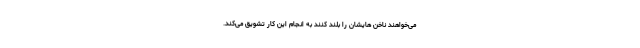
می‌خواهند ناخن هایشان را بلند کنند به انجام این کار تشویق می‌کند.